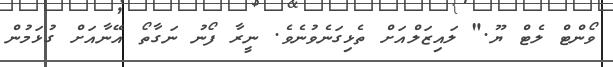
ވޯންޓް ލެޓް ޔޫ." ލައިޒަލްއަށް ތެޅިގަނެވުނެވެ. ނީރާ ފޯނު ނަގާތޯ އޭނާއަށް ގުޅަމުން